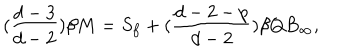
LaTeX: ( \frac { d - 3 } { d - 2 } ) \beta M = S _ { f } + ( \frac { d - 2 - p } { d - 2 } ) \beta Q B _ { \infty } ,